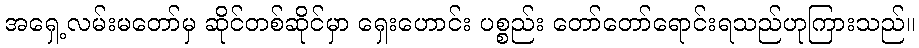
အရှေ့လမ်းမတော်မှ ဆိုင်တစ်ဆိုင်မှာ ရှေးဟောင်း ပစ္စည်း တော်တော်ရောင်းရသည်ဟုကြားသည်။